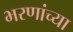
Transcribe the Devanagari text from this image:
भरणांच्या